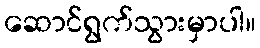
ဆောင်ရွက်သွားမှာပါ။